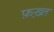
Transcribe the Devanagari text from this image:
फ़ख़्त